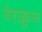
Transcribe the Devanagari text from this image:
वेराक्रुज